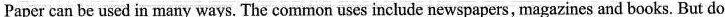
Paper can be used in many ways. The common uses include newspapers, magazines and books. But do